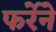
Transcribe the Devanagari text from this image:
फर्रेने